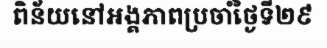
ពិន័យនៅអង្គភាពប្រចាំថ្ងៃទី២៩